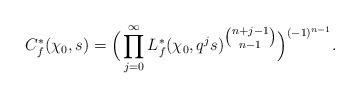
LaTeX: \begin{align*}C^*_f(\chi_0, s)=\Big(\prod\limits_{j=0}^{\infty}L^*_f(\chi_0, q^js)^{\tbinom{n+j-1}{n-1}}\Big)^{(-1)^{n-1}}.\end{align*}